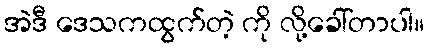
အဲဒီ ဒေသကထွက်တဲ့ ကို လို့ခေါ်တာပါ။